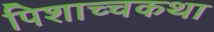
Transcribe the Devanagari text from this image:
पिशाच्चकथा